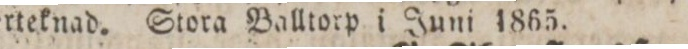
derteknad. Stora Balltorp i Juni 1865.